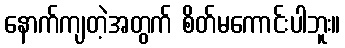
နောက်ကျတဲ့အတွက် စိတ်မကောင်းပါဘူး။